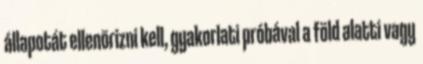
állapotát ellenõrizni kell, gyakorlati próbával a föld alatti vagy